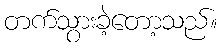
တက်သွားခဲ့တော့သည်။